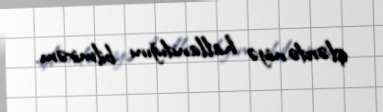
işlərdə niyə hallandığını bilmirəm.